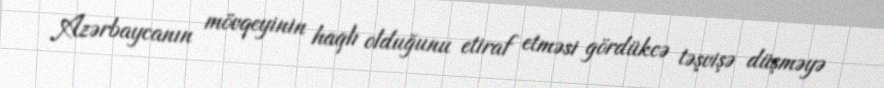
Azərbaycanın mövqeyinin haqlı olduğunu etiraf etməsi gördükcə təşvişə düşməyə